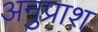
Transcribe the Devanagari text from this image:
अनुप्राश